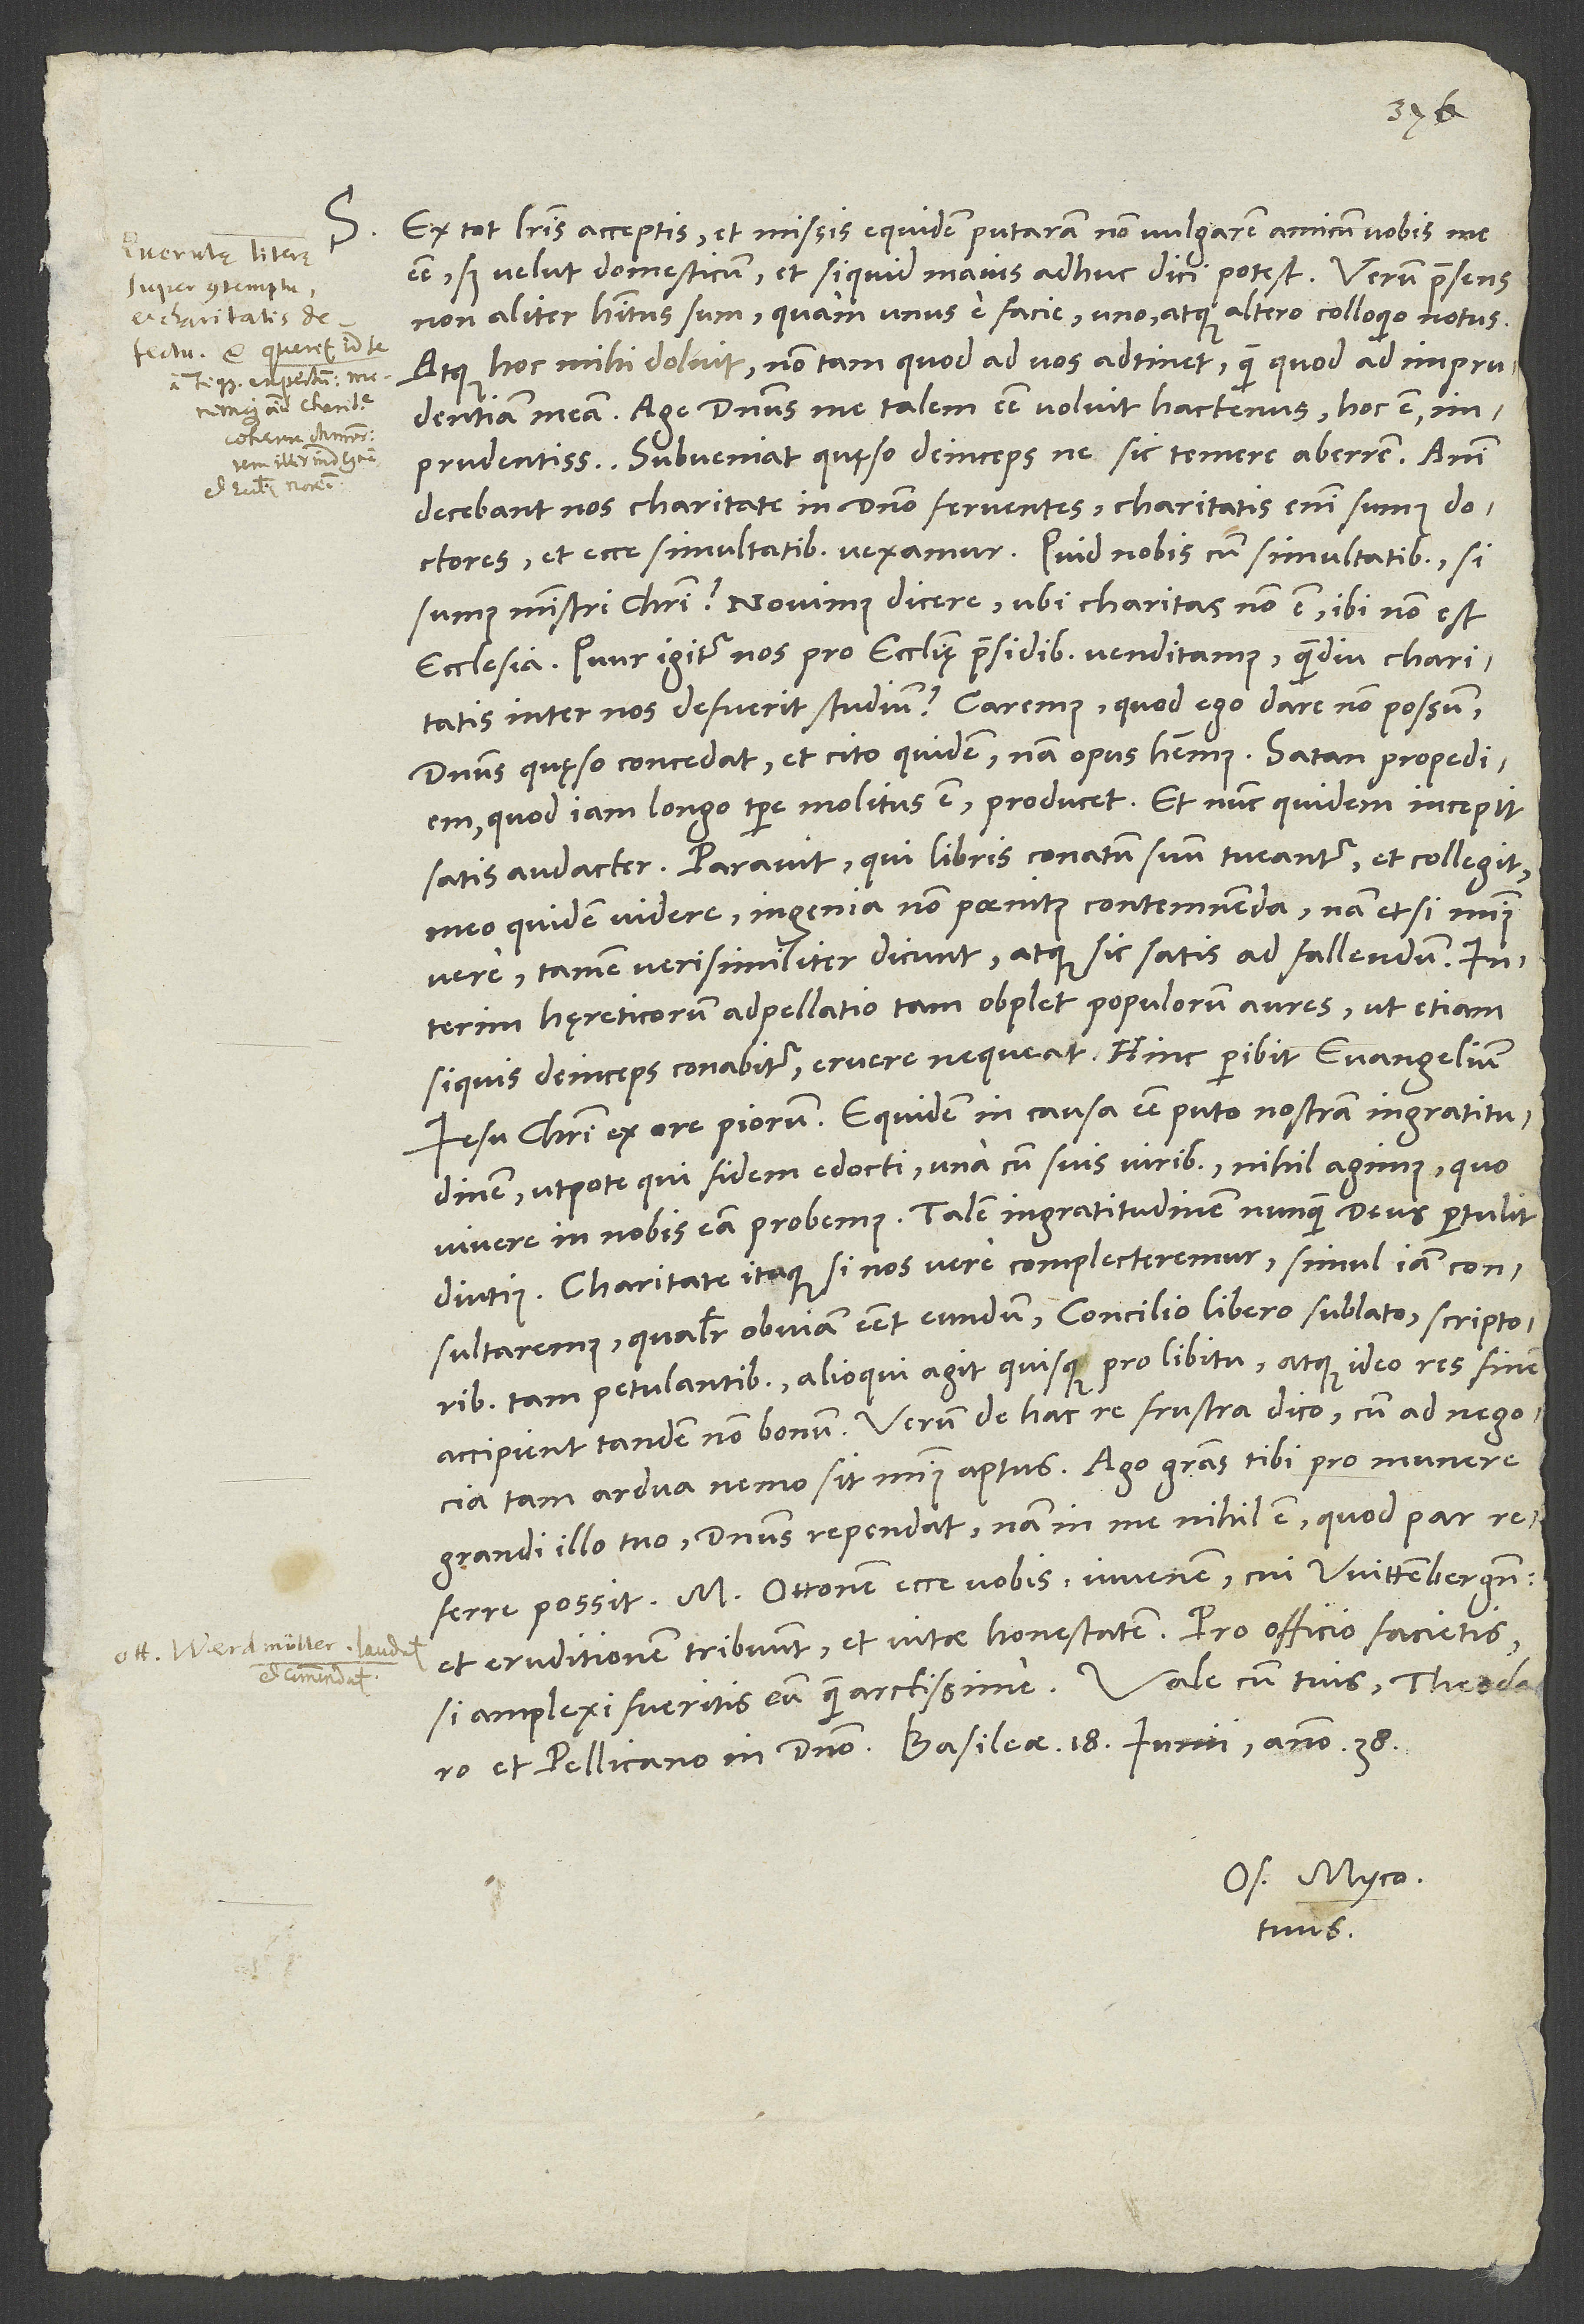
S. Ex tot literis acceptis et missis equidem putaram non vulgarem amicum vobis me
esse, sed velut domesticum et si quid maius adhuc dici potest; verum praesens
non aliter habitus sum quam unus e facie uno atque altero colloquio notus,
atque hoc mihi doluit, non tam quod ad vos adtinet, quam quod ad imprudentiam
meam. Age, dominus me talem esse voluit hactenus, hoc est
imprudentissimum; subveniat, quęso, deinceps, ne sic temere aberrem.
decebant nos charitate in domino ferventes; charitatis enim sumus doctores,
et ecce simultatibus vexamur. Quid nobis cum simultatibus, si
sumus ministri Christi? Novimus dicere: „Ubi charitas non est, ibi non est
ecclesia.“ Quur igitur nos pro ecclesię praesidibus venditamus, quamdiu charitatis
inter nos defuerit studium? Caremus, quod ego dare non possum;
dominus, quęso, concedat et cito quidem, nam opus habemus. Satan propediem,
quod iam longo tempore molitus est, producet, et nunc quidem incepit
audacter. Paravit, qui libris conatum suum tueantur, et collegit
meo quidem videre ingenia non paenitus contemnenda; nam etsi minus
vere, tamen verisimiliter dicunt atque sic satis ad fallendum. Interim
hęreticorum adpellatio tam obplet populorum aures, ut, etiam
si quis deinceps conabitur, eruere nequeat. Hinc peribit evangelium
Iesu Christi ex ore piorum. Equidem in causa esse puto nostram ingratitudinem,
utpote qui fidem edocti una cum suis viribus nihil agimus, quo
vivere in nobis eam probemus. Talem ingratitudinem nunquam deus pertulit
diutius. Charitate itaque si nos vere complecteremur, simul iam consultaremus,
qualiter obviam esset eundum concilio libero sublato scriptoribus
tam petulantibus; alioqui agit quisque pro libitu, atque ideo res finem
accipient tandem non bonum. Verum de hac re frustra dico, cum ad negocia
grandi illo tuo. Dominus rependat; nam in me nihil est, quod par
M. Ottonem ecce vobis, iuvenem, cui Wittenbergenses
et eruditionem tribuunt et vitae honestatem. Pro officio facietis,
et Pellicano in domino. Basileae, 18. iunii anno 38.
Os. Myco.
tuus.